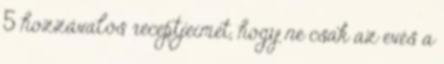
5 hozzávalós receptjeimet, hogy ne csak az evés a